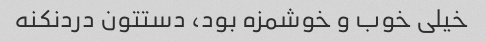
خیلی خوب و خوشمزه بود، دستتون دردنکنه